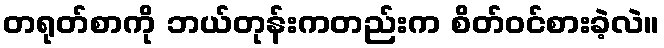
တရုတ်စာကို ဘယ်တုန်းကတည်းက စိတ်ဝင်စားခဲ့လဲ။